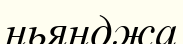
ньянджа